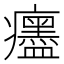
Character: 𤼎